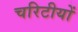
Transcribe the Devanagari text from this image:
चरिटीयों